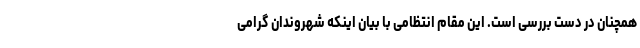
همچنان در دست بررسی است. این مقام انتظامی با بیان اینکه شهروندان گرامی